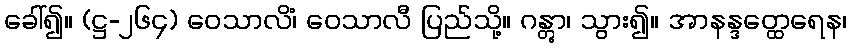
ခေါ်၍။ (ဋ္ဌ-၂၆၄) ဝေသာလိံ၊ ဝေသာလီ ပြည်သို့။ ဂန္တွာ၊ သွား၍။ အာနန္ဒတ္ထေရေန၊